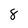
Character: 8